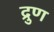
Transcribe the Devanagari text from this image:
द्रुण